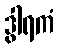
ဒွါရကံ